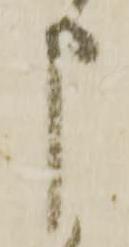
申